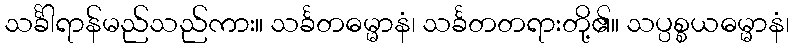
သင်္ခါရာန်မည်သည်ကား။ သင်္ခတဓမ္မာနံ၊ သင်္ခတတရားတို့၏။ သပ္ပစ္စယဓမ္မာနံ၊